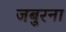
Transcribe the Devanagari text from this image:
जबुरना